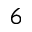
^ 6